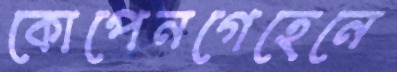
কোপেনগেহেনে